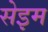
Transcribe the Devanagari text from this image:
सेइम